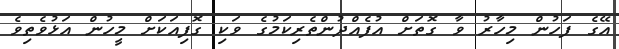
އޭގެ ފަހުން މިހާރު ވާ ގޮތަށް އުފެއްދުންތެރިކަމުގެ ވަކި ގޮފިއަކަށް މީހުން އަޅުވެތިވެ